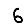
Digit: 6